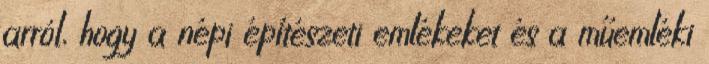
arról, hogy a népi építészeti emlékeket és a műemléki